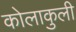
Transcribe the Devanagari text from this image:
कोलाकुली